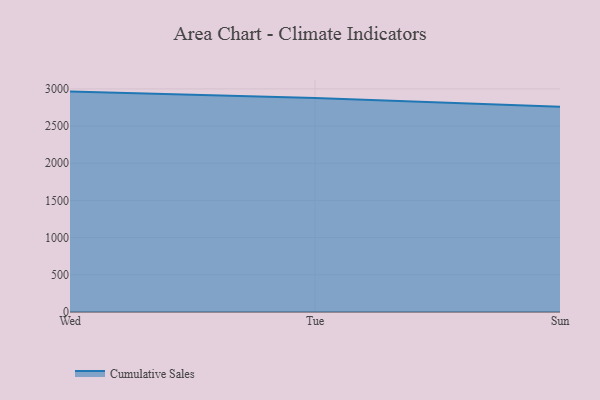
{"axis": {"x": "Day", "y": "Page Views"}, "legend": ["Cumulative Sales"], "data": [{"x": "Wed", "y": 2963.7, "type": "Cumulative Sales"}, {"x": "Tue", "y": 2878.3, "type": "Cumulative Sales"}, {"x": "Sun", "y": 2760.0, "type": "Cumulative Sales"}]}